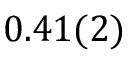
0 . 4 1 ( 2 )